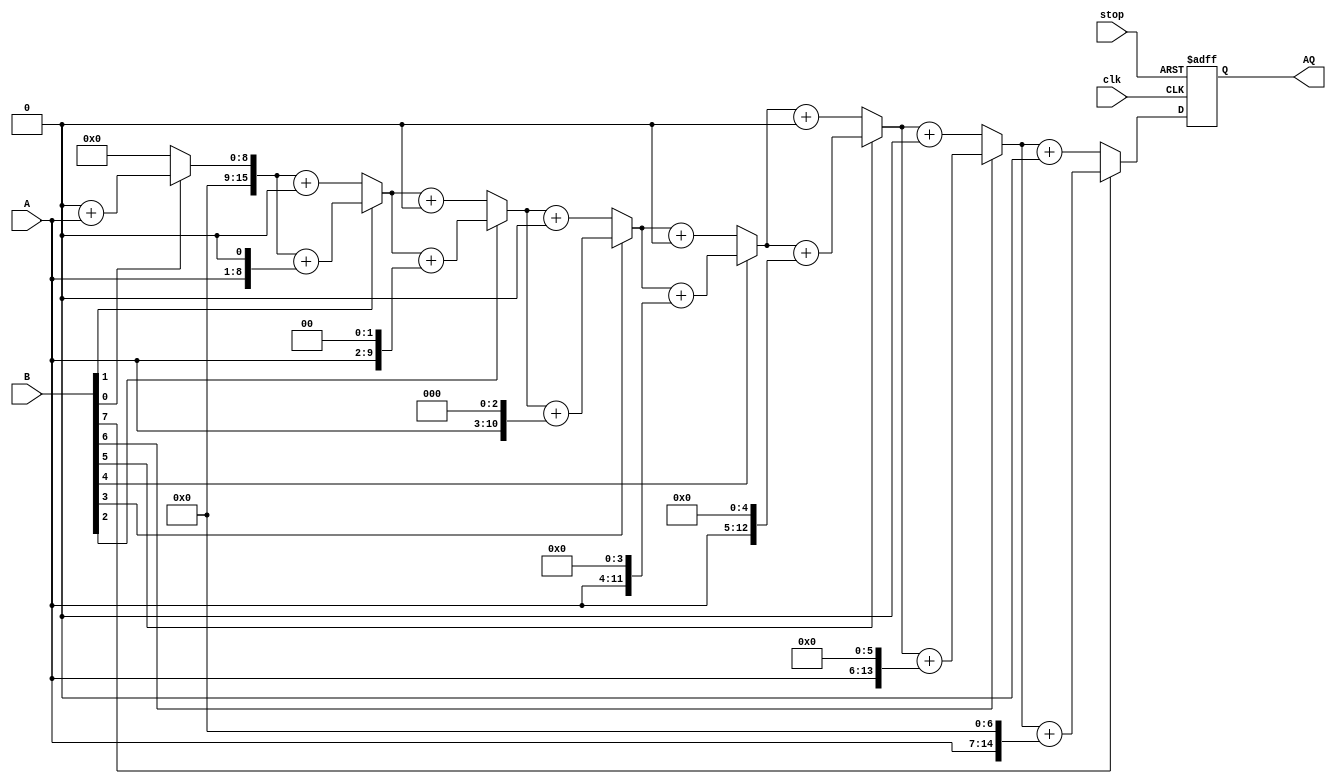
`timescale 1ns/1ns
module ASM( clk,stop,A, B, AQ);
parameter N=8;
integer i;
input clk,stop;
  input [N-1:0] A;
  input [N-1:0] B;
  
  output reg [2*N-1:0]AQ;
	reg [2*N-1:0]A1;
  reg [N-1:0]B1;
	always@(posedge clk or posedge stop )
begin
  if (stop==1)
		begin
		AQ=0;
		end
		else 
		begin
		AQ=0;
          A1[N-1:0]=A;
          A1[2*N-1:N]=0;
		B1=B;
          for (i=0;i<N;i=i+1)
        begin
			if(B1[i]==1'b0)
			begin
				AQ=AQ+0;
			end
			else if (B1[i]==1'b1)
			begin
				AQ=AQ+(A1<<i);
			end
		end
		end
end
endmodule